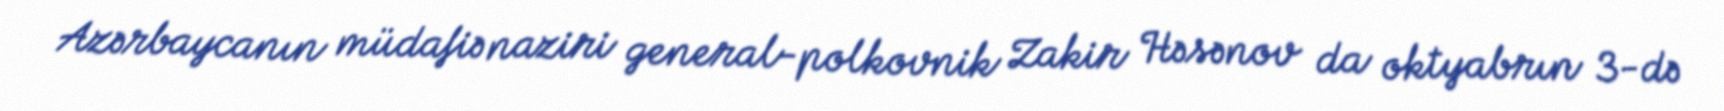
Azərbaycanın müdafiə naziri general-polkovnik Zakir Həsənov da oktyabrın 3-də